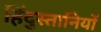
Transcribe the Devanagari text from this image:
हिंदुस्तानियों